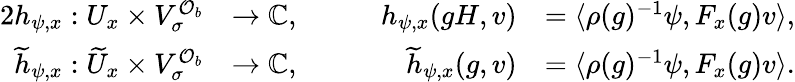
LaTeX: \begin{array}{rlrl}{{2}h_{\psi,x}:U_{x}\times V_{\sigma}^{\mathcal{O}_{b}}}&{\to\mathbb{C},}&{\qquad h_{\psi,x}(gH,v)}&{=\langle\rho(g)^{-1}\psi,F_{x}(g)v\rangle,}\\ {\widetilde{h}_{\psi,x}:\widetilde{U}_{x}\times V_{\sigma}^{\mathcal{O}_{b}}}&{\to\mathbb{C},}&{\qquad\widetilde{h}_{\psi,x}(g,v)}&{=\langle\rho(g)^{-1}\psi,F_{x}(g)v\rangle.}\end{array}